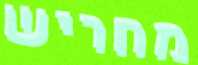
מחריש